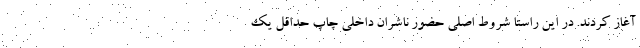
آغاز کردند. در این راستا شروط اصلی حضور ناشران داخلی چاپ حداقل یک